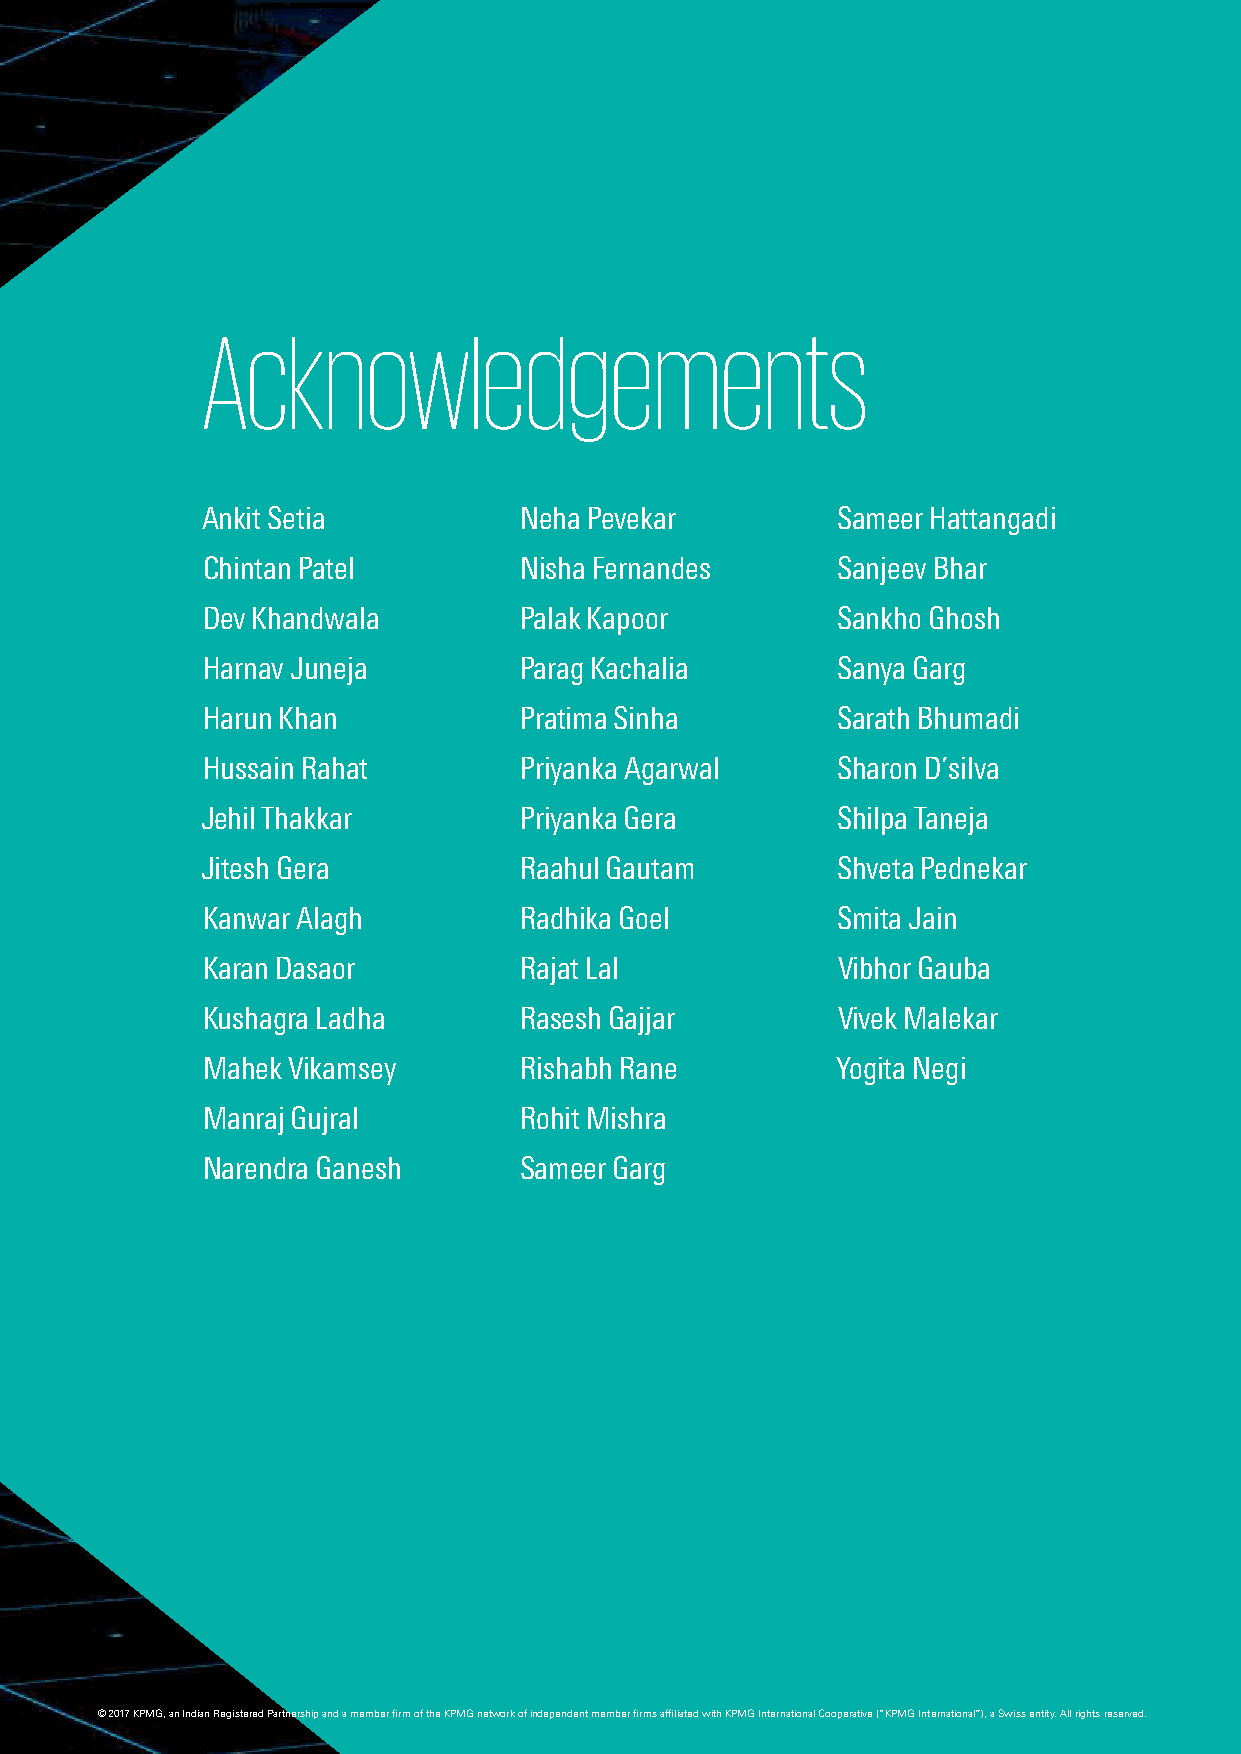
Acknowledgements
 Ankit Setia          Neha Pevekar         Sameer Hattangadi
 Chintan Patel        Nisha Fernandes      Sanjeev Bhar
 Dev Khandwala        Palak Kapoor         Sankho Ghosh
 Harnav Juneja        Parag Kachalia       Sanya Garg
 We   would  like to thank all those who  have contributed
 Harun Khan           Pratima Sinha        Sarath Bhumadi
 and  shared  their valuable domain  insights  in helping us
 Hussain Rahat        Priyanka Agarwal     Sharon D’silva
 put this report together.
 Jehil Thakkar        Priyanka Gera        Shilpa Taneja
 Jitesh Gera          Raahul Gautam        Shveta Pednekar
 Kanwar Alagh         Radhika Goel         Smita Jain
 Karan Dasaor         Rajat Lal            Vibhor Gauba
 Assemblage Entertainment Red Chillies VFX
 Kushagra Ladha       Rasesh Gajjar        Vivek Malekar
 Big Animation            Reliance Entertainment
 Mahek Vikamsey       Rishabh Rane         Yogita Negi
 Disney India             Sony Pictures Networks Limited
 Manraj Gujral  Maya DigitRaol Shtiutd Miosishra Star India Private Limited
 Eros International       Toonz Animation
 Narendra Ganesh      Sameer Garg
 Great Indian Nautanki Company Yash Raj Films
 Green Gold Animation     Zee Entertainment Enterprises
 Limited
 Inox Leisure
 Zee Studios
 NYVFXWaala
 Prime Focus India
 • The information contained in this White Paper is of a general nature and is not intended to address the circumstances of any particular individual or entity. No one should act on such information without
 appropriate professional advice after a thorough examination of the particular situation.
 • Although we have attempted to provide correct and timely information, there can be no guarantee that such information is correct as of the date it is received or that it will continue to be correct in the future.
 • The White Paper contains information obtained from the public domain or external sources which have not been verified for authenticity, accuracy or completeness.
 • Use of companies’ names in the White Paper is only to exemplify the trends in the industry. We maintain our independence from such entities and no bias is intended towards any of them in the White Paper.
 • Our report may make reference to ‘KPMG Analysis’; this merely indicates that we have (where specified) undertaken certain analytical activities on the underlying data to arrive at the information presented; we
 do not accept responsibility for the veracity of the underlying data.
 • In connection with the White Paper or any part thereof, KPMG does not owe duty of care (whether in contract or in tort or under statute or otherwise) to any person / party to whom / which the White Paper is
 circulated to and KPMG shall not be liable to any such person / party who / which uses or relies on this White Paper. KPMG thus disclaims all responsibility or liability for any costs, damages, losses, liabilities,
 expenses incurred by any such person/party arising out of or in connection with the White Paper or any part thereof.
 • By reading the White Paper the reader shall be deemed to have accepted the terms mentioned above.
 © 2017 KPMG, an Indian Registered Partnership and a member firm of the KPMG network of independent member firms affiliated with KPMG International Cooperative (“KPMG International”), a Swiss entity. All rights reserved.